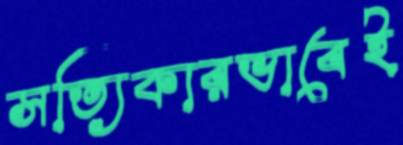
সত্যিকারভাবেই